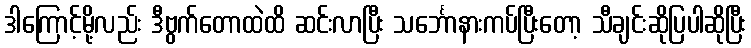
ဒါကြောင့်မို့လည်း ဒီဗွက်တောထဲထိ ဆင်းလာပြီး သင်္ဘောနားကပ်ပြီးတော့ သီချင်းဆိုပြပါဆိုပြီး